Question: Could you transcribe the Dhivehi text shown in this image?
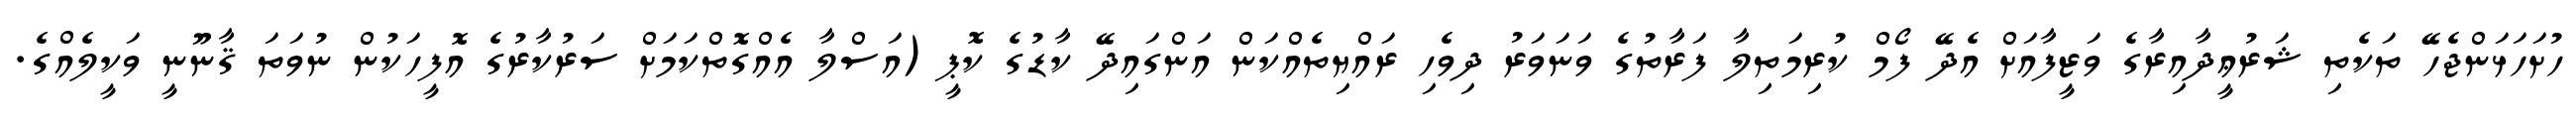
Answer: ހުށަހަޅަންޖެހޭ ތަކެތި ޝަރުޢީދާއިރާގެ ވަޒީފާއަށް އެދޭ ފޯމް ކުރިމަތިލާ ފަރާތުގެ ވަނަވަރު ދިވެހި ރައްޔިތެއްކަން އަންގައިދޭ ކާޑުގެ ކޮޕީ (އަސްލާ އެއްގޮތްކަމަށް ސަރުކާރުގެ އޮފީހަކުން ނުވަތަ ޤާނޫނީ ވަކީލެއްގެ.